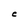
Character: C